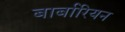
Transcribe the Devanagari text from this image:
बार्बारियन